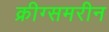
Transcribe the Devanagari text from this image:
क्रीग्समरीन